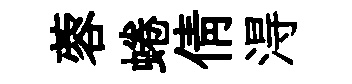
蓉蜷倩淂